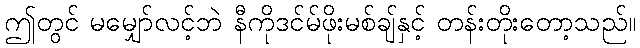
ဤတွင် မမျှော်လင့်ဘဲ နီကိုဒင်မ်ဖိုးမစ်ချ်နှင့် တန်းတိုးတော့သည်။